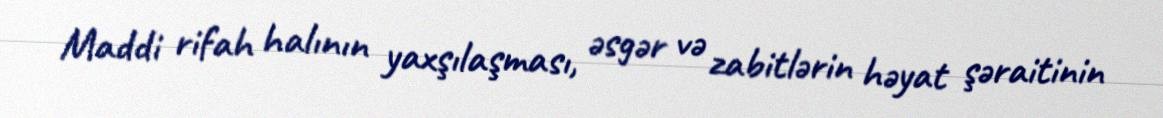
Maddi rifah halının yaxşılaşması, əsgər və zabitlərin həyat şəraitinin